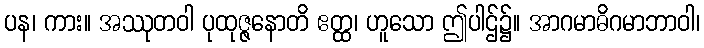
ပန၊ ကား။ အဿုတဝါ ပုထုဇ္ဇနောတိ ဧတ္ထ၊ ဟူသော ဤပါဌ်၌။ အာဂမာဓိဂမာဘာဝါ၊